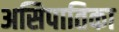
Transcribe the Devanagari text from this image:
असिपातिका